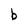
Character: b